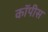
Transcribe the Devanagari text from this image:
कॉपीस